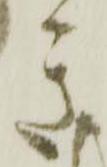
き